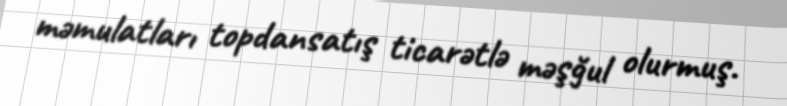
məmulatları topdansatış ticarətlə məşğul olurmuş.